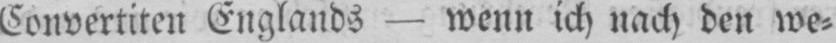
Convertiten Englands - wenn ich nach den we⸗